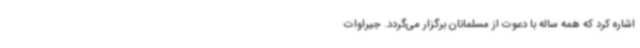
اشاره کرد که همه ساله با دعوت از مسلمانان برگزار می‌گردد. جیراوات